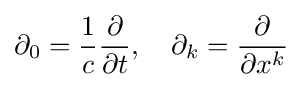
\partial _{0}={\frac {1}{c}}{\frac {\partial }{\partial t}},\quad \partial _{k}={\frac {\partial }{\partial {x^{k}}}}